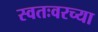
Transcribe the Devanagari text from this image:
स्वतःवरच्या